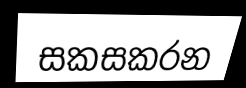
සකසකරන